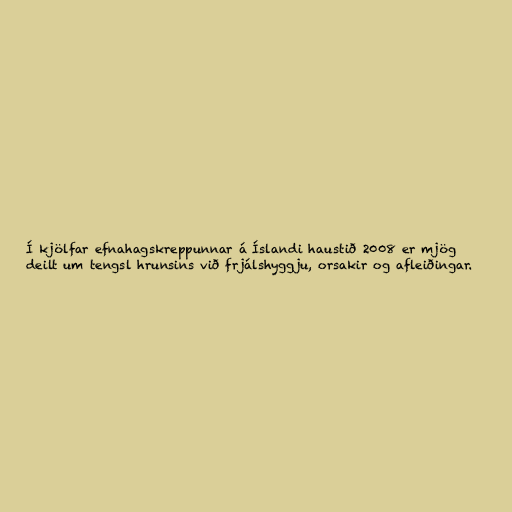
Í kjölfar efnahagskreppunnar á Íslandi haustið 2008 er mjög
deilt um tengsl hrunsins við frjálshyggju, orsakir og afleiðingar.